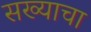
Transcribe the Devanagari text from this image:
सख्याचा